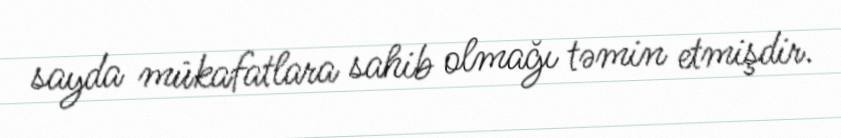
sayda mükafatlara sahib olmağı təmin etmişdir.